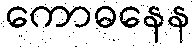
ကောဓနေန